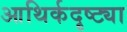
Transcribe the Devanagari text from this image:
आथिर्कदृष्ट्या